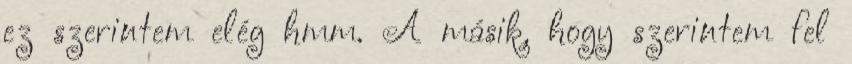
ez szerintem elég hmm. A másik, hogy szerintem fel